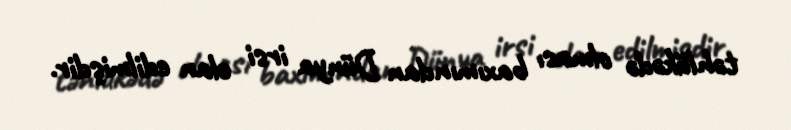
təhlükədə olması baxımından Dünya irsi elan edilmişdir.